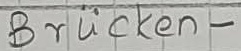
Text: Brücken-